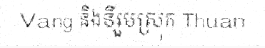
Vang និងទីរួមស្រុក Thuan